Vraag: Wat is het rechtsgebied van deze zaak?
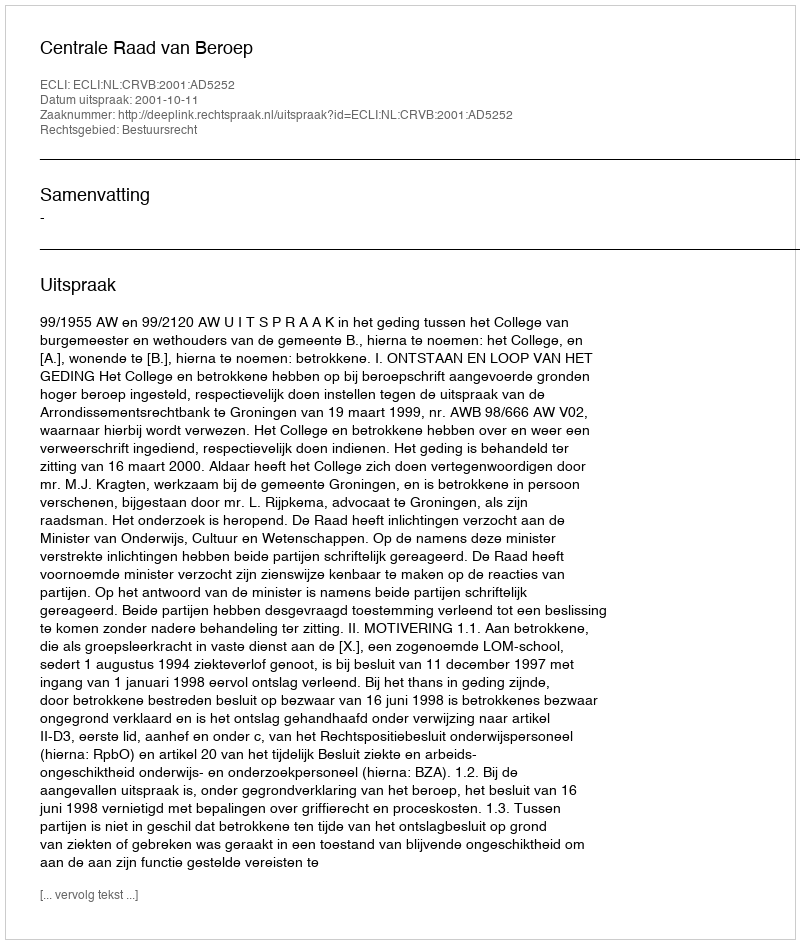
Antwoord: Bestuursrecht